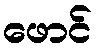
ဖောင်